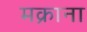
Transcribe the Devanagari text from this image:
मक्राना